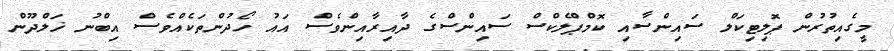
މީގެއިތުރުން ޕޮލިޓިކަލް ސައިންސާއި ކޮމްޕްލެކްސް ސައިންސްގެ ދާއިރާއިންވެސް އައު ހޯދުންތަކެއްވެސް އިބްނު ޚަލްދޫން